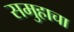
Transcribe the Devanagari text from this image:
समुहाचा